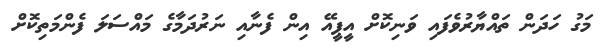
މަގު ހަދަން ތައްޔާރުވެފައި ވަނިކޮށް އީޕީއޭ އިން ފެނާއި ނަރުދަމާގެ މައްސަލަ ފެންމަތިކޮށް